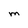
Character: M